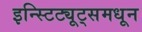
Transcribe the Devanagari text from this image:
इन्स्टिट्यूट्समधून